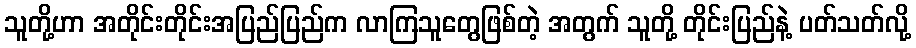
သူတို့ဟာ အတိုင်းတိုင်းအပြည်ပြည်က လာကြသူတွေဖြစ်တဲ့ အတွက် သူတို့ တိုင်းပြည်နဲ့ ပတ်သတ်လို့